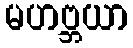
မဟဗ္ဘယာ